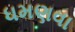
ધમણવા